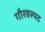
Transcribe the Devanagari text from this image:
गौरवस्पद